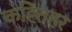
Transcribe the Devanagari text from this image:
कह्तिहर